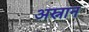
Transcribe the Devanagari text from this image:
अस्नान